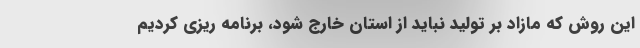
این روش که مازاد بر تولید نباید از استان خارج شود، برنامه ریزی کردیم